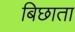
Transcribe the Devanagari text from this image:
बिछाता